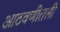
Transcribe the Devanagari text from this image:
आठवणीतली